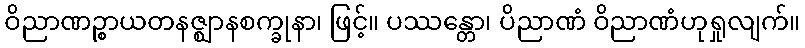
ဝိညာဏဉ္စာယတနဇ္ဈာနစက္ခုနာ၊ ဖြင့်။ ပဿန္တော၊ ပိညာဏံ ဝိညာဏံဟုရှုလျက်။